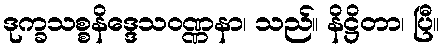
ဒုက္ခသစ္စနိဒ္ဒေသဝဏ္ဏနာ၊ သည်။ နိဋ္ဌိတာ၊ ပြီ။